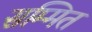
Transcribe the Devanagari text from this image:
सम्मित